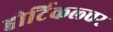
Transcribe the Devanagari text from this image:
होर्टिकल्चर